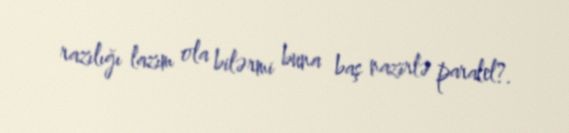
razılığı lazım ola bilərmi buna baş nazirlə paralel?.